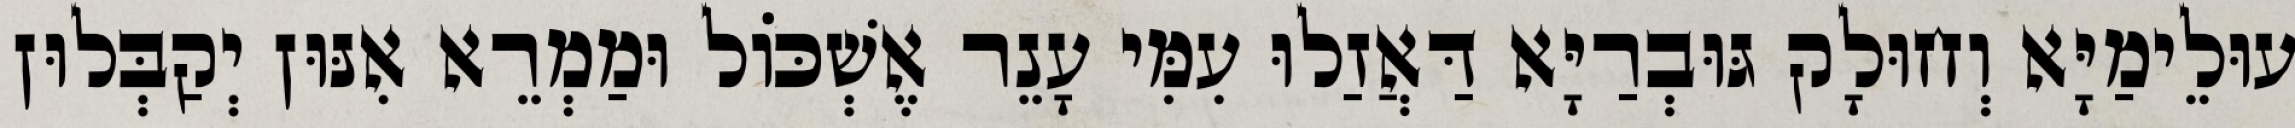
עוּלֵימַיָּא וְחוּלָק גּוּבְרַיָּא דַּאֲזַלוּ עִמִּי עָנֵר אֶשְׁכּוֹל וּמַמְרֵא אִנּוּן יְקַבְּלוּן